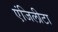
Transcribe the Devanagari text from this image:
एंजिलीटा